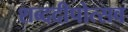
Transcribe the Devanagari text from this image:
शब्ददीपोत्सव